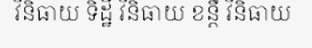
វិនិធាយ ទិដ្ឋឹ វិនិធាយ ខន្តឹ វិនិធាយ